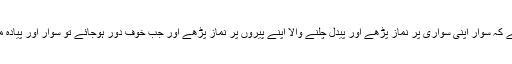
(البقرہ : ٢٣٩) کی تفسیر میں حضرت ابن عباس (رض) سے روایت کیا ہے کہ سوار اپنی سواری پر نماز پڑھے اور پیدل چلنے والا اپنے پیروں پر نماز پڑھے اور جب خوف دور ہوجائے تو سوار اور پیادہ معمول کے مطابق نماز پڑھیں ‘ جس طرح اللہ تعالیٰ نے انہیں سکھایا ہے۔